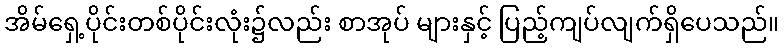
အိမ်ရှေ့ပိုင်းတစ်ပိုင်းလုံး၌လည်း စာအုပ် များနှင့် ပြည့်ကျပ်လျက်ရှိပေသည်။